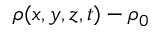
\rho ( x , y , z , t ) - \rho _ { 0 }